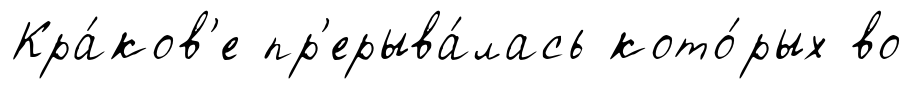
Кра́ков'е пр'ерыва́лась кото́рых во